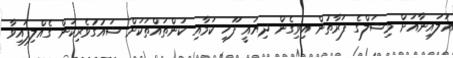
އަލައިނާއަށް މިޝަލްގެ ފަރާތުން އިވިގެން ދިޔައީ ފޫހި ކަމާއި ކަންތައްތަކަށް ޝައުގުވެރިކަން ގެއްލިފައިވާ